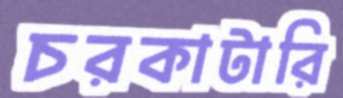
চরকাটারি